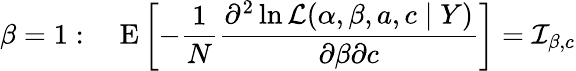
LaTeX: \beta=1:\quad\operatorname{E}\left[-{\frac{1}{N}}{\frac{\partial^{2}\ln{\mathcal{L}}(\alpha,\beta,a,c\mid Y)}{\partial\beta\partial c}}\right]={\mathcal{I}}_{\beta,c}